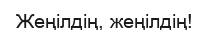
Жеңiлдiң, жеңiлдiң!